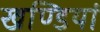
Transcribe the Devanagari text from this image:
खण्डियां